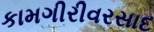
કામગીરીવરસાદ